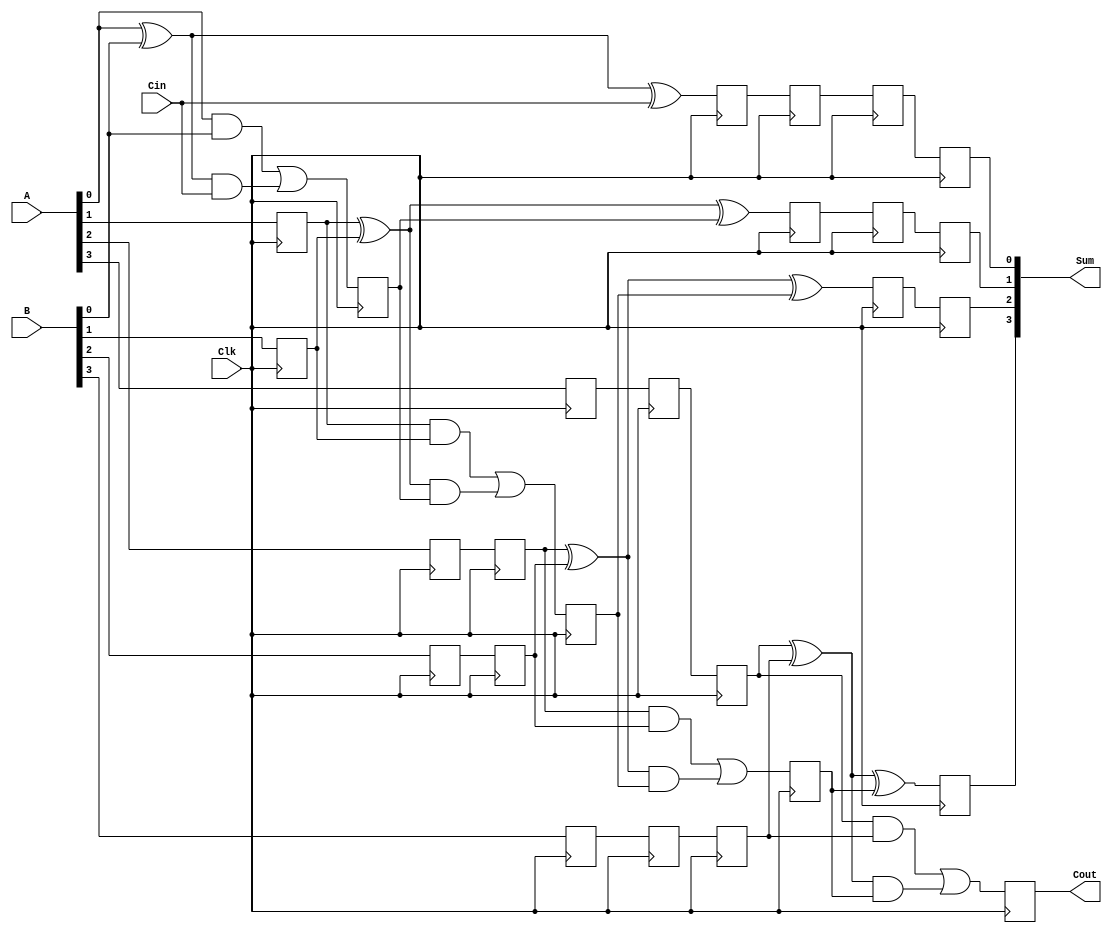
`timescale 1ns / 1ps

module pipe_rca4 (Cout,Sum,A,B,Cin,Clk);
input [3:0]A,B;
input Cin;
input Clk;
output [3:0]Sum;
output Cout;

reg l12_a1, l12_a2, l12_a3, l12_b1, l12_b2, l12_b3, l12_cin;
reg l12_sum0, l12_cout0;

reg l23_a2, l23_a3, l23_b2, l23_b3, l23_sum0;
reg l23_sum1, l23_cout1;

reg l34_a3, l34_b3, l34_sum0, l34_sum1;
reg l34_sum2, l34_cout2;

reg l45_sum0, l45_sum1, l45_sum2, l45_sum3, l45_cout3;

assign Sum={l45_sum3,l45_sum2,l45_sum1,l45_sum0};
assign Cout=l45_cout3;


always@(posedge Clk)
begin
    l12_a1<=A[1];
    l12_a2<=A[2];
    l12_a3<=A[3];

    l12_b1<=B[1];
    l12_b2<=B[2];
    l12_b3<=B[3];

    l12_cin<=Cin;

    l12_sum0<=A[0] ^ B[0] ^ Cin;
    l12_cout0<=(A[0] & B[0]) | ((A[0] ^ B[0]) & Cin);
end


always@(posedge Clk)
begin
    l23_a2<=l12_a2;
    l23_a3<=l12_a3;

    l23_b2<=l12_b2;
    l23_b3<=l12_b3;

    l23_sum0<=l12_sum0;

    l23_sum1<=l12_a1 ^ l12_b1 ^ l12_cout0;
    l23_cout1<=(l12_a1 & l12_b1) | ((l12_a1 ^ l12_b1) & l12_cout0);
end


always@(posedge Clk)
begin
    l34_a3<=l23_a3;

    l34_b3<=l23_b3;

    l34_sum0<=l23_sum0;
    l34_sum1<=l23_sum1;

    l34_sum2<=l23_a2 ^ l23_b2 ^ l23_cout1;
    l34_cout2<=(l23_a2 & l23_b2) | ((l23_a2 ^ l23_b2) & l23_cout1);
end

always@(posedge Clk)
begin
    l45_sum0<=l34_sum0;
    l45_sum1<=l34_sum1;
    l45_sum2<=l34_sum2;

    l45_sum3<=l34_a3 ^ l34_b3 ^ l34_cout2;
    l45_cout3<=(l34_a3 & l34_b3) | ((l34_a3 ^ l34_b3) & l34_cout2);
end


endmodule